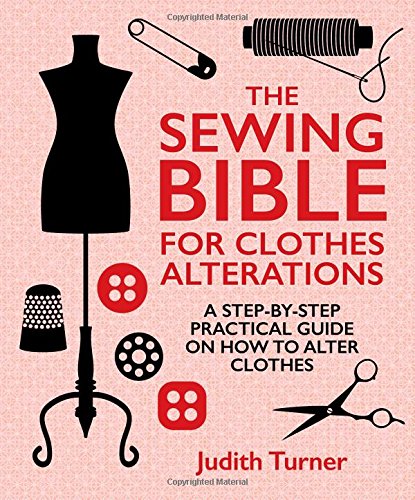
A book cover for The Sewing Bible for Clothes Alterations: A Step-by-step practical guide on how to alter clothes; Judith Turner; Crafts, Hobbies & Home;